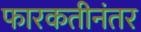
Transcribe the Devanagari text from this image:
फारकतीनंतर